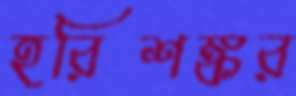
হরিশঙ্কর